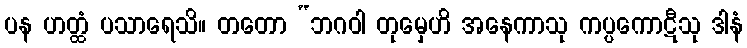
ပန ဟတ္ထံ ပသာရေသိ။ တတော “ဘဂဝါ တုမှေဟိ အနေကာသု ကပ္ပကောဋီသု ဒါနံ